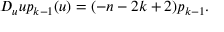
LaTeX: D _ { u } u p _ { k - 1 } ( u ) = ( - n - 2 k + 2 ) p _ { k - 1 } .